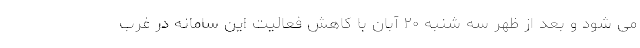
می شود و بعد از ظهر سه شنبه ۲۰ آبان با کاهش فعالیت این سامانه در غرب